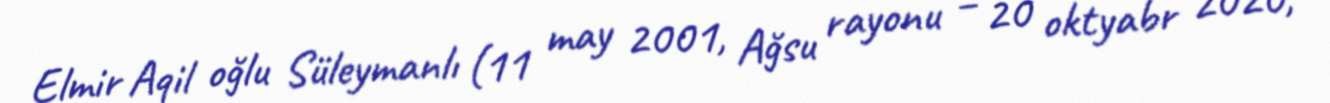
Elmir Aqil oğlu Süleymanlı (11 may 2001, Ağsu rayonu – 20 oktyabr 2020,